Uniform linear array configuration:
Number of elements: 8
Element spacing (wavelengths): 0.25
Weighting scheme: kaiser
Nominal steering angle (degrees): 45
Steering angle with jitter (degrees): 46.933
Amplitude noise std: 0.05
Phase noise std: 0.05

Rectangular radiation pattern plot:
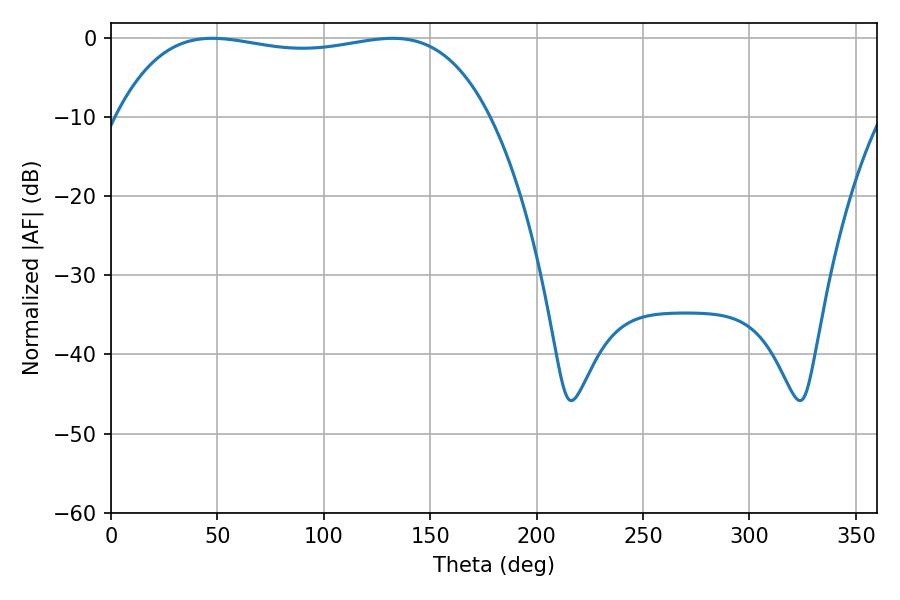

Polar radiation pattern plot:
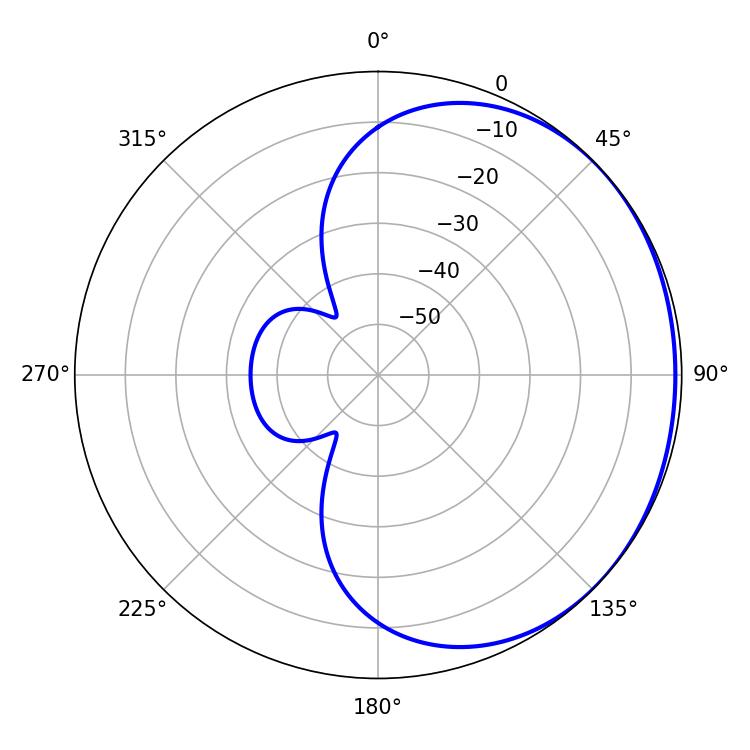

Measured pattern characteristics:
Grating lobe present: FALSE
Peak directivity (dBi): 0.8382
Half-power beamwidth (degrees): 140.4
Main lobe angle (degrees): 47.52